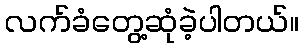
လက်ခံတွေ့ဆုံခဲ့ပါတယ်။